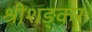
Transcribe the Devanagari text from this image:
श्रीशङ्करः